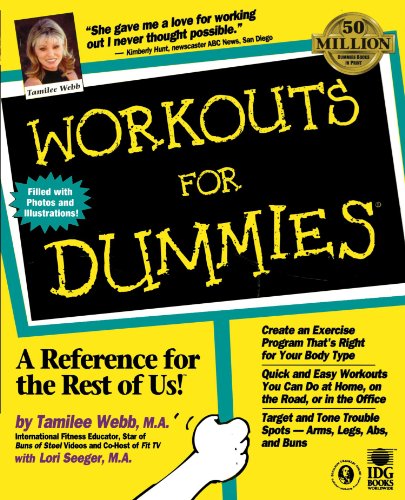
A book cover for Workouts For Dummies; Tamilee Webb; Health, Fitness & Dieting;